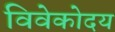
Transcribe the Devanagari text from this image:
विवेकोदय